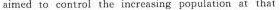
aimed to control the increasing population at that